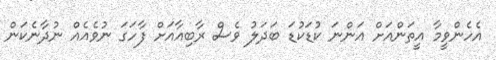
އެހެންވީމާ އީތަންއަށް އަންނަ ކުޑަކުޑަ ބަދަލު ވެސް ރާބިއާއަށް ފާހަގަ ނުވެއެއް ނުދާނެކަން